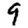
Digit: 9